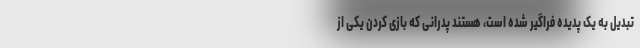
تبدیل به یک پدیده فراگیر شده است، هستند پدرانی که بازی کردن یکی از